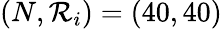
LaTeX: (N,\mathcal{R}_{i})=(40,40)